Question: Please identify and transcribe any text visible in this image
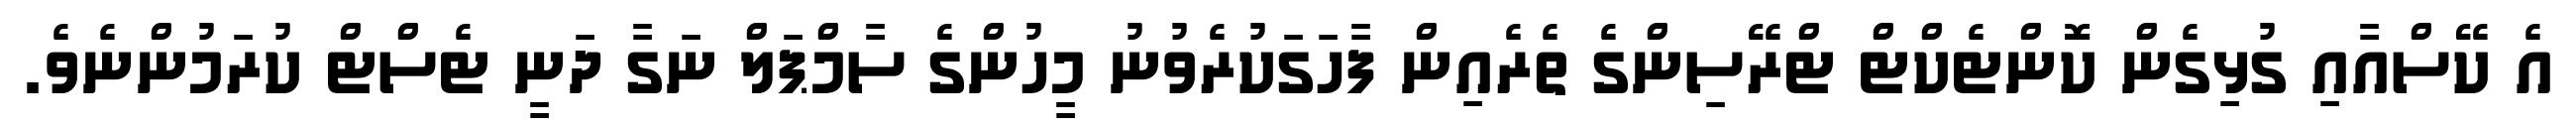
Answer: އެ ކޭސްއާއި ގުޅިގެން ކޮންޓެކްޓް ޓްރޭސިންގެ ތެރެއިން ފާހަގަކުރެވުނު މީހުންގެ ސާމްޕަލް ނަގާ ދަނީ ޓެސްޓް ކުރަމުންނެވެ.